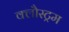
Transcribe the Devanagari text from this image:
क्लौस्ट्रम